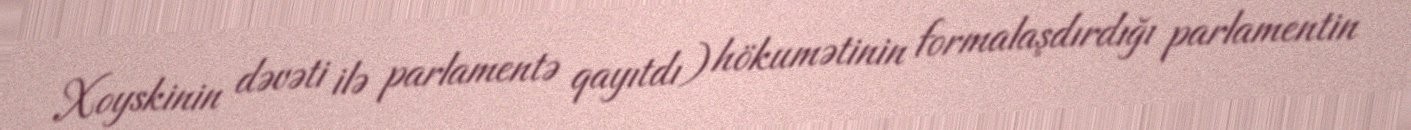
Xoyskinin dəvəti ilə parlamentə qayıtdı) hökumətinin formalaşdırdığı parlamentin